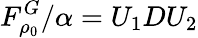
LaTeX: F_{\rho_{0}}^{G}/\alpha=U_{1}DU_{2}